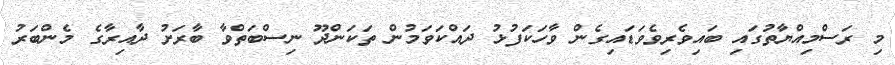
މި ރަސްމިއްޔާތުގައި ބައިވެރިވެވަޑައިގެން ވާހަކަފުޅު ދައްކަވަމުން ތަކަންދޫ ނިސްބަތްވާ ބާރަށު ދާއިރާގެ މެންބަރު